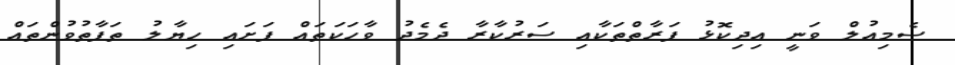
ސެމިއުލް ވަނީ އިދިކޮޅު ފަރާތްތަކާއި ސަރުކާރާ ދެމެދު ވާހަކަތައް ފަށައި ހިޔާލު ތަފާތުވުންތައް